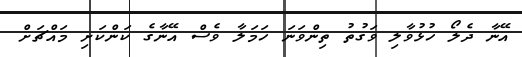
އޭނާ ދެލޯ ހުޅުވާލި ވަގުތު ތިންވަނަ ހަމަލާ ވެސް އޭނާގެ ކަންކަށި މައްޗަށް